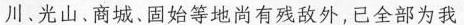
川、光山、商城、固始等地尚有残敌外，已全部为我